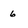
Character: 6